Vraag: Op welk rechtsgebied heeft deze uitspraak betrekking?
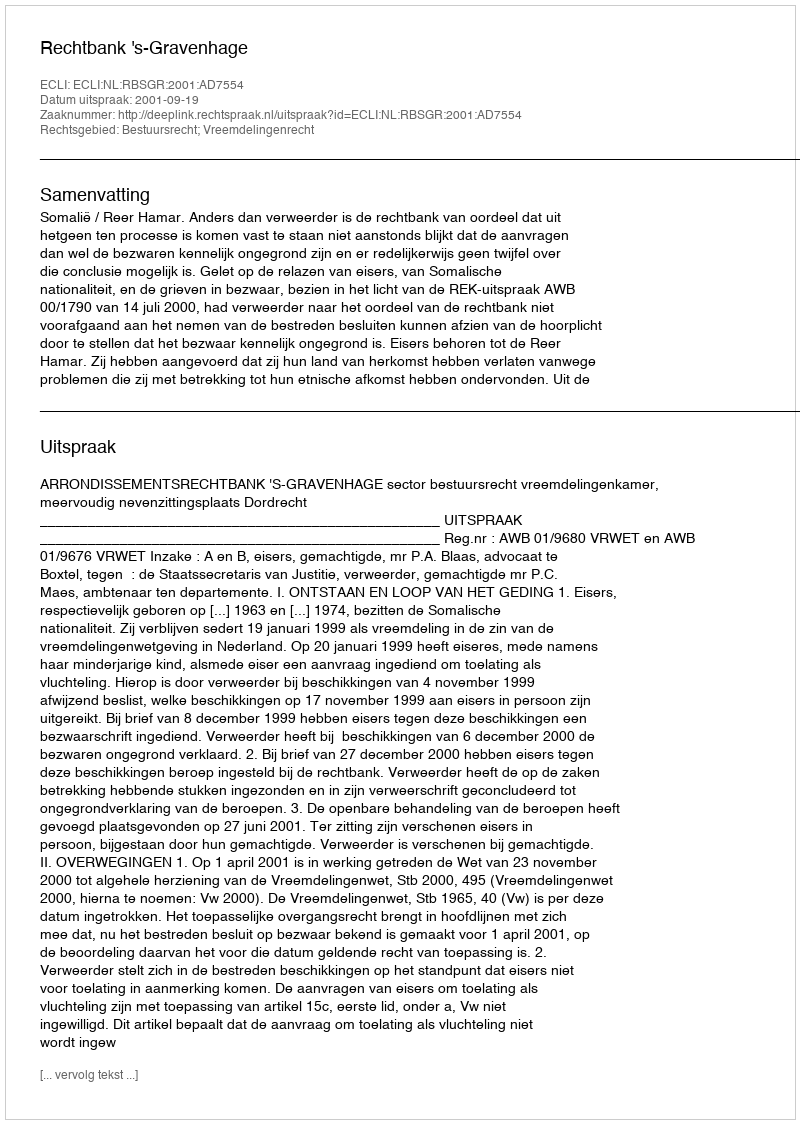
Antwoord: Bestuursrecht; Vreemdelingenrecht